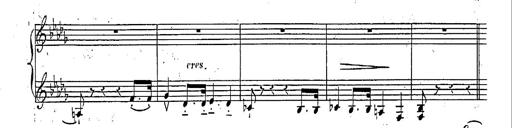
Title: Marche et Cavatine de Lucie de Lammermoor, S.398
Composer: Franz Liszt